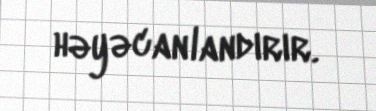
həyəcanlandırır.